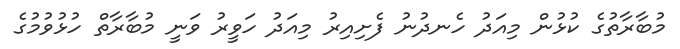
މުބާރާތުގެ ކުޅުން މިއަދު ހެނދުނު ފެށިއިރު މިއަދު ހަވީރު ވަނީ މުބާރާތް ހުޅުވުމުގެ